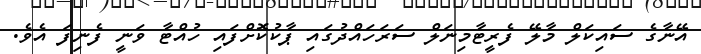
އޭނާގެ ސައިކަލް މާލޭ ފެރީޓާމިނަލް ސަރަހައްދުގައި ޕާކުކޮށްފައި ހުއްޓާ ވަނީ ފެނިފަ އެވެ.